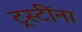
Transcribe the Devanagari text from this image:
ट्रस्टींना